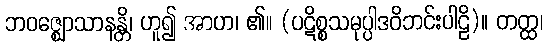
ဘဝဇ္ဈောသာနန္တိ၊ ဟူ၍ အာဟ၊ ၏။ (ပဋိစ္စသမုပ္ပါဒဝိဘင်းပါဠိ)။ တတ္ထ၊